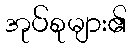
အုပ်စုများ၏